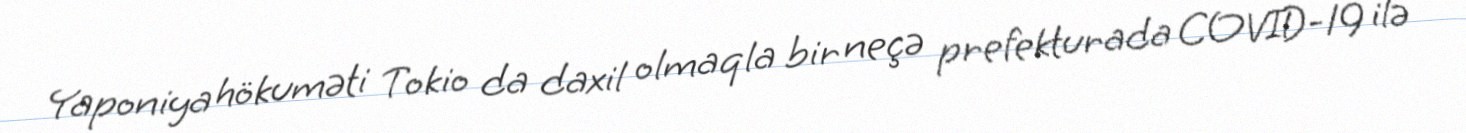
Yaponiya hökuməti Tokio da daxil olmaqla bir neçə prefekturada COVID-19 ilə